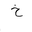
Letter: _kha